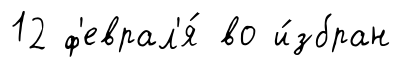
12 ф'еврал'я́ во и́збран